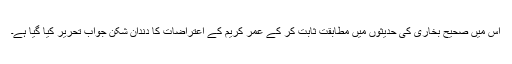
اس میں صحیح بخاری کی حدیثوں میں مطابقت ثابت کر کے عمر کریم کے اعتراضات کا دندان شکن جواب تحریر کیا گیا ہے۔